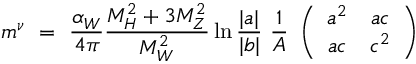
m ^ { \nu } \ = \ \frac { { \alpha } _ { W } } { 4 \pi } \frac { M _ { H } ^ { 2 } + 3 M _ { Z } ^ { 2 } } { M _ { W } ^ { 2 } } \ln \frac { | a | } { | b | } \ \frac { 1 } { A } \ \left( \begin{array} { c c } { { a ^ { 2 } } } & { { a c } } \\ { { a c } } & { { c ^ { 2 } } } \end{array} \right)